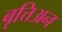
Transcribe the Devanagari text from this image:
बृत्तिअन